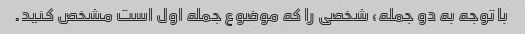
با توجه به دو جمله، شخصی را که موضوع جمله اول است مشخص کنید.